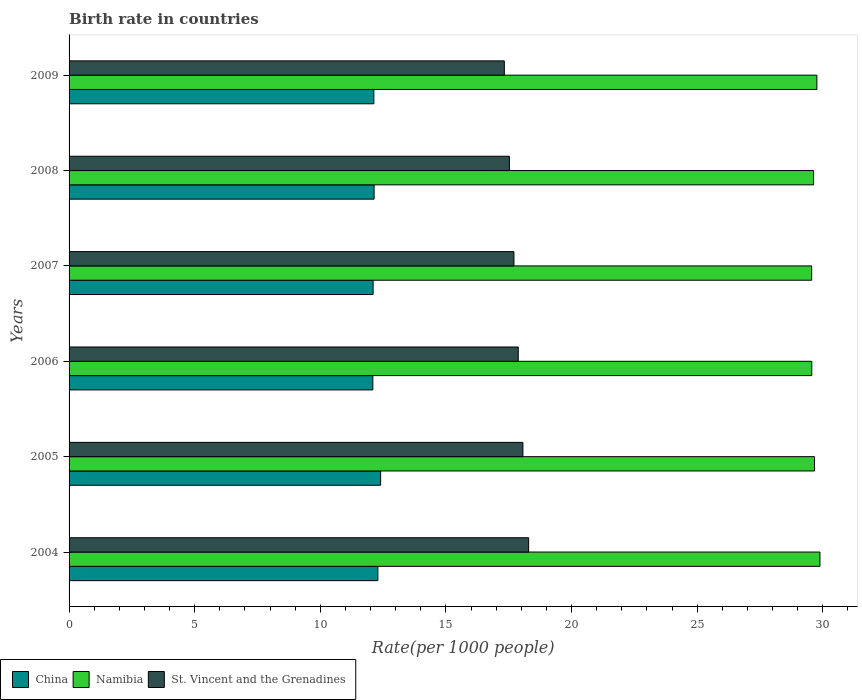
| Years | China | Namibia | St. Vincent and the Grenadines |
 | --- | --- | --- | --- |
 | 2004 | 12.3 | 29.9 | 18.3 |
 | 2005 | 12.4 | 29.7 | 18.1 |
 | 2006 | 12.1 | 29.6 | 17.9 |
 | 2007 | 12.1 | 29.6 | 17.7 |
 | 2008 | 12.1 | 29.6 | 17.5 |
 | 2009 | 12.1 | 29.8 | 17.3 |